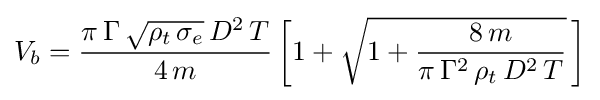
V_{b}={\frac {\pi \,\Gamma \,{\sqrt {\rho _{t}\,\sigma _{e}}}\,D^{2}\,T}{4\,m}}\left[1+{\sqrt {1+{\frac {8\,m}{\pi \,\Gamma ^{2}\,\rho _{t}\,D^{2}\,T}}}}\,\right]